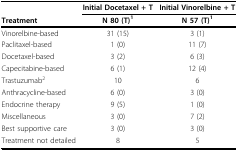
<table><thead><tr><td></td><td><b>Initial Docetaxel + T</b></td><td><b>Initial Vinorelbine + T</b></td></tr><tr><td><b>Treatment</b></td><td><b>N 80 (T)<sup>1</sup></b></td><td><b>N 57 (T)<sup>1</sup></b></td></tr></thead><tbody><tr><td>Vinorelbine-based</td><td>31 (15)</td><td>3 (1)</td></tr><tr><td>Paclitaxel-based</td><td>1 (0)</td><td>11 (7)</td></tr><tr><td>Docetaxel-based</td><td>3 (2)</td><td>6 (3)</td></tr><tr><td>Capecitabine-based</td><td>6 (1)</td><td>12 (4)</td></tr><tr><td>Trastuzumab<sup>2</sup></td><td>10</td><td>6</td></tr><tr><td>Anthracycline-based</td><td>6 (0)</td><td>3 (0)</td></tr><tr><td>Endocrine therapy</td><td>9 (5)</td><td>1 (0)</td></tr><tr><td>Miscellaneous</td><td>3 (0)</td><td>7 (2)</td></tr><tr><td>Best supportive care</td><td>3 (0)</td><td>3 (0)</td></tr><tr><td>Treatment not detailed</td><td>8</td><td>5</td></tr></tbody></table>